Scottish Leaving Certificate Examination, 1956
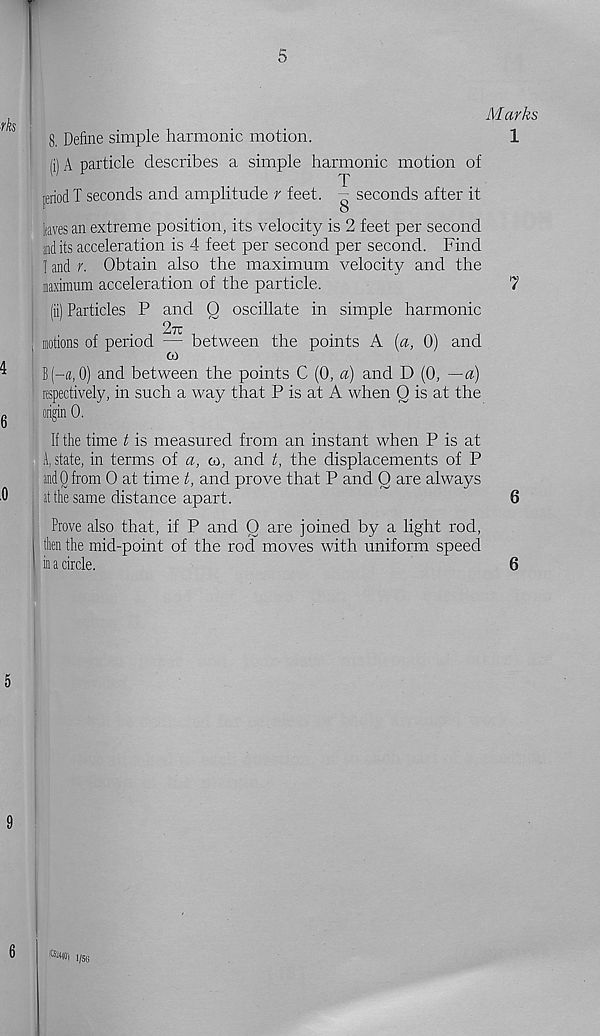
5
Marks
8, Define simple harmonic motion.
1
(i) A particle describes a simple harmonic motion of
piod T seconds and amplitude r feet. - seconds after it
laves an extreme position, its velocity is 2 feet per second
adits acceleration is 4 feet per second per second. Find
1 and r. Obtain also the maximum velocity and the
maximum acceleration of the particle.
7
(ii) Particles P and Q oscillate in simple harmonic
271
, motions of period — between the points A {a, 0) and
CO
j B(--a, 0) and between the points C (0, a) and D (0, —a)
respectively, in such a way that P is at A when Q is at the
origin 0.
If the time t is measured from an instant when P is at
A, state, in terms of a, oa, and t, the displacements of P
and Q from O at time t, and prove that P and O are always
at the same distance apart.
6
Prove also that, if P and O are joined by a light rod,
then the mid-point of the rod moves with uniform speed
in a circle.
6